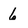
Character: 6